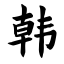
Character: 韩